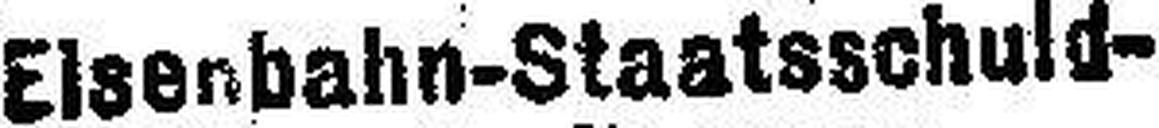
Eisenbahn-Staatsschuld-